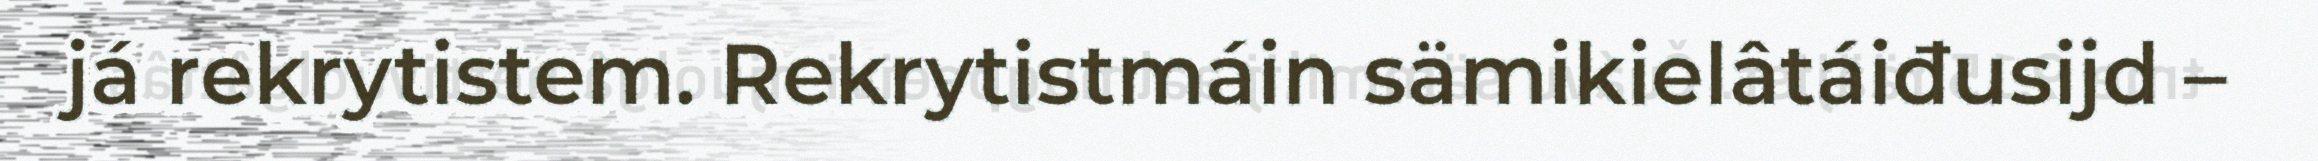
já rekrytistem. Rekrytistmáin sämikielâtáiđusijd –